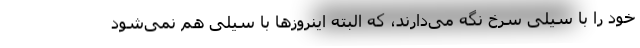
خود را با سیلی سرخ نگه می‌دارند، که البته اینروزها با سیلی هم نمی‌شود